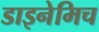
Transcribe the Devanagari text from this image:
डाइनेमिच